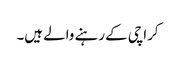
کراچی کے رہنے والے ہیں۔